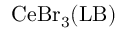
\mathrm { C e B r _ { 3 } ( L B ) }